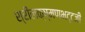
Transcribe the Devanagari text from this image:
श्रीलक्ष्मणभट्टजी